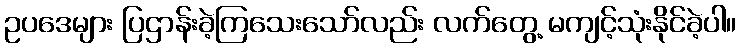
ဥပဒေများ ပြဌာန်းခဲ့ကြသေးသော်လည်း လက်တွေ့ မကျင့်သုံးနိုင်ခဲ့ပါ။